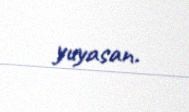
yuyasan.